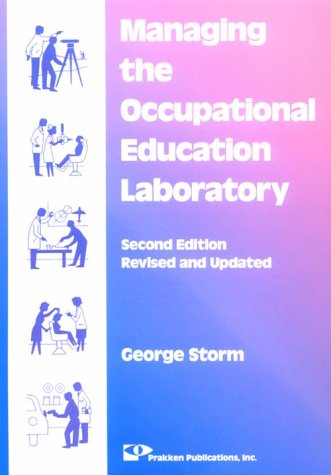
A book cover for Managing the Occupational Education Laboratory; George Storm; Education & Teaching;